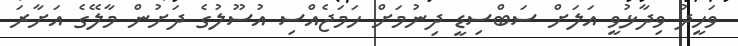
ވަހީދު ވިދާޅުވީ އަލަށް ސަބްސިޑީ ދިނުމަށް ހަމަޖެއްސި އުސޫލުގެ ދަށުން މާލޭގެ އަށާރަ